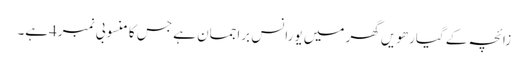
زائچہ کے گیارھویں گھر میں یورانس براجمان ہے جس کا منسوبی نمبر4ہے۔